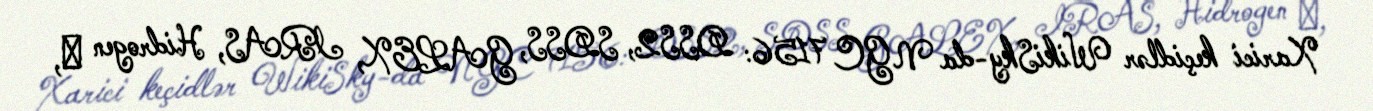
Xarici keçidlər WikiSky-da NGC 7156: DSS2, SDSS, GALEX, IRAS, Hidrogen α,